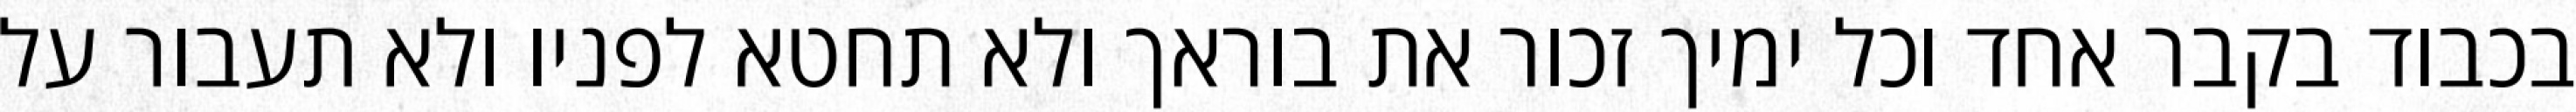
בכבוד בקבר אחד וכל ימיך זכור את בוראך ולא תחטא לפניו ולא תעבור על